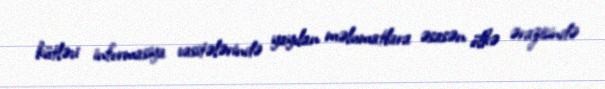
kütləvi informasiya vasitələrində yayılan məlumatlara əsasən ölkə ərazisində